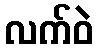
လက်ဝဲ